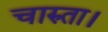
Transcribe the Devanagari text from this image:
चारुता।